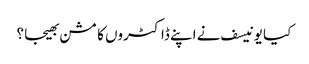
کیا یونیسف نے اپنے ڈاکٹروں کا مشن بھیجا ؟